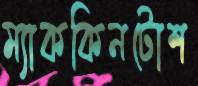
ম্যাককিনটোশ